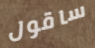
ساقول